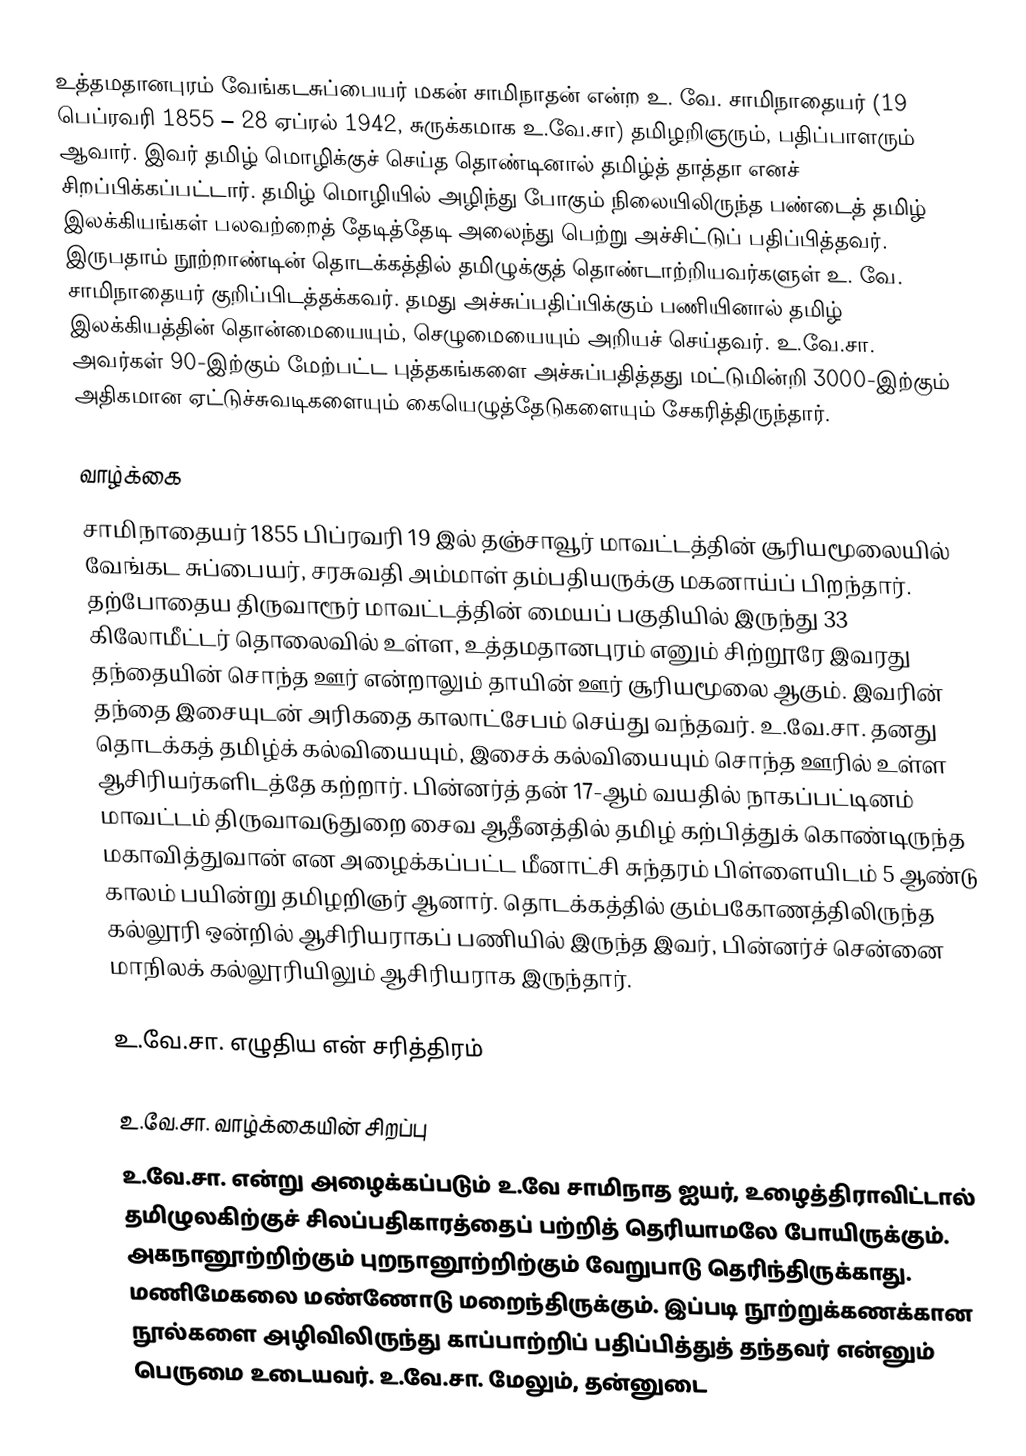
உத்தமதானபுரம் வேங்கடசுப்பையர் மகன் சாமிநாதன் என்ற உ. வே. சாமிநாதையர் (19 பெப்ரவரி 1855 – 28 ஏப்ரல் 1942, சுருக்கமாக உ.வே.சா) தமிழறிஞரும், பதிப்பாளரும் ஆவார். இவர் தமிழ் மொழிக்குச் செய்த தொண்டினால்  தமிழ்த் தாத்தா எனச் சிறப்பிக்கப்பட்டார். தமிழ் மொழியில் அழிந்து போகும் நிலையிலிருந்த பண்டைத் தமிழ் இலக்கியங்கள் பலவற்றைத் தேடித்தேடி அலைந்து பெற்று அச்சிட்டுப் பதிப்பித்தவர். இருபதாம் நூற்றாண்டின் தொடக்கத்தில் தமிழுக்குத் தொண்டாற்றியவர்களுள் உ. வே. சாமிநாதையர் குறிப்பிடத்தக்கவர். தமது அச்சுப்பதிப்பிக்கும் பணியினால் தமிழ் இலக்கியத்தின் தொன்மையையும், செழுமையையும் அறியச் செய்தவர். உ.வே.சா. அவர்கள் 90-இற்கும் மேற்பட்ட புத்தகங்களை அச்சுப்பதித்தது மட்டுமின்றி 3000-இற்கும் அதிகமான ஏட்டுச்சுவடிகளையும் கையெழுத்தேடுகளையும் சேகரித்திருந்தார்.

வாழ்க்கை
சாமிநாதையர் 1855 பிப்ரவரி 19 இல் தஞ்சாவூர் மாவட்டத்தின்  சூரியமூலையில் வேங்கட சுப்பையர், சரசுவதி அம்மாள் தம்பதியருக்கு மகனாய்ப் பிறந்தார். தற்போதைய திருவாரூர் மாவட்டத்தின் மையப் பகுதியில் இருந்து 33 கிலோமீட்டர் தொலைவில் உள்ள,  உத்தமதானபுரம் எனும் சிற்றூரே இவரது தந்தையின் சொந்த ஊர் என்றாலும் தாயின் ஊர் சூரியமூலை ஆகும். இவரின் தந்தை இசையுடன் அரிகதை காலாட்சேபம் செய்து வந்தவர். உ.வே.சா. தனது தொடக்கத் தமிழ்க் கல்வியையும், இசைக் கல்வியையும் சொந்த ஊரில் உள்ள ஆசிரியர்களிடத்தே கற்றார். பின்னர்த் தன் 17-ஆம் வயதில் நாகப்பட்டினம் மாவட்டம் திருவாவடுதுறை சைவ ஆதீனத்தில் தமிழ் கற்பித்துக் கொண்டிருந்த மகாவித்துவான் என அழைக்கப்பட்ட மீனாட்சி சுந்தரம் பிள்ளையிடம் 5 ஆண்டு காலம் பயின்று தமிழறிஞர் ஆனார். தொடக்கத்தில் கும்பகோணத்திலிருந்த கல்லூரி ஒன்றில் ஆசிரியராகப் பணியில் இருந்த இவர், பின்னர்ச் சென்னை மாநிலக் கல்லூரியிலும் ஆசிரியராக இருந்தார்.

உ.வே.சா. எழுதிய என் சரித்திரம்

உ.வே.சா. வாழ்க்கையின் சிறப்பு
உ.வே.சா. என்று அழைக்கப்படும் உ.வே சாமிநாத ஐயர், உழைத்திராவிட்டால் தமிழுலகிற்குச் சிலப்பதிகாரத்தைப் பற்றித் தெரியாமலே போயிருக்கும். அகநானூற்றிற்கும்  புறநானூற்றிற்கும் வேறுபாடு தெரிந்திருக்காது. மணிமேகலை மண்ணோடு மறைந்திருக்கும். இப்படி நூற்றுக்கணக்கான நூல்களை அழிவிலிருந்து காப்பாற்றிப் பதிப்பித்துத் தந்தவர் என்னும் பெருமை உடையவர். உ.வே.சா. மேலும், தன்னுடை